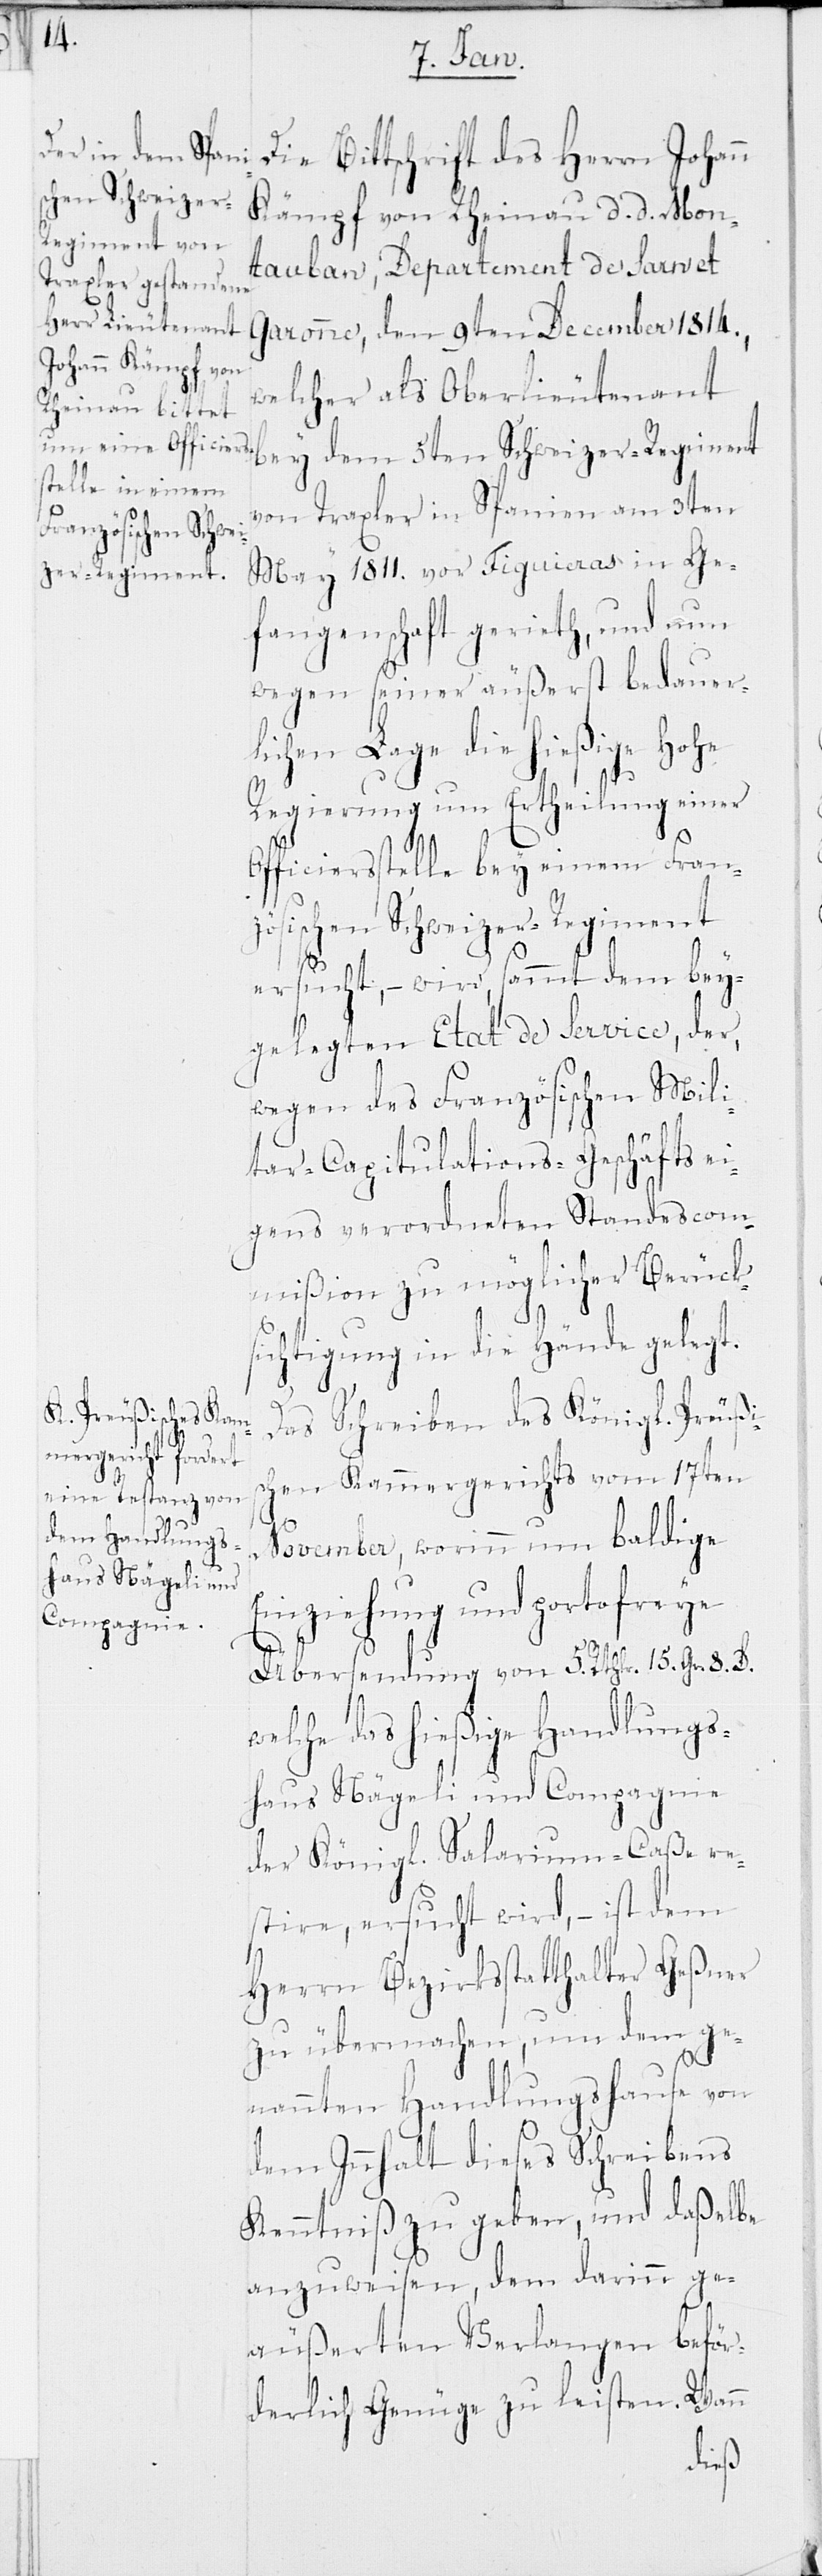
Die Bittschrift des Herrn Johann
Kämpf von Rheinau d. d. Mon¬
tauban, Departement de Sarn et
Garonne, den 9ten Decembris 1814.,
welcher als Oberlieutenant
bey dem 5ten Schweizer-Regiment
von Traxler in Spanien am 3ten
May 1811 vor Figuieras in Ge¬
fangenschaft gerieth, und nun
wegen seiner äußerst bedauer¬
lichen Lage die hießige Hohe
Regierung um Ertheilung einer
Officiersstelle bey einem Fran¬
zösischen Schweizer-Regiment
ersucht, – wird, sammt dem bey¬
gelegten Etat de Service, der,
wegen des Französischen Mili¬
tar-Capitulations-Geschäfts ei¬
gens verordneten Standescom¬
mißion zu möglicher Berücks¬
ichtigung in die Hände gelegt.
Das Schreiben des Königl. Preußi¬
schen Kammergerichts vom 17ten
November, worinn um baldige
Einziehung und portofreye
Übersendung von 5. Rthlr. 15. Gr. 8. D.
welche das hießige Handlungs¬
haus Nägeli und Compagnie
der Königl. Salarium-Caße re¬
stire, ersucht wird, – ist dem
Herrn Bezirksstatthalter Geßner
zu übermachen, um dem ge¬
nannten Handlungshause von
dem Innhalt dieses Schreibens
Kenntniß zu geben, und daßelbe
anzuweisen, dem darinn ge¬
äußerten Verlangen beför¬
derlich Genüge zu leisten. Wann